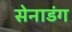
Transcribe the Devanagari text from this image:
सेनाडंग